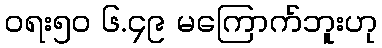
ဝရး၅၀ ၆.၄၉ မကြောက်ဘူးဟု